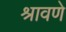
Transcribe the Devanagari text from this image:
श्रावणे